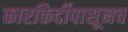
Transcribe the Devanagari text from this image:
कारकिर्दीपासूनच